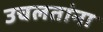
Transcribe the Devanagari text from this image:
उचलतांना